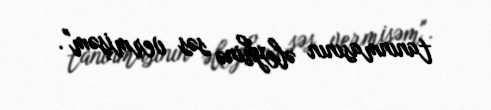
tanınmasının əleyhinə səs vermişəm".